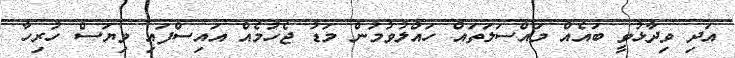
އަދި ވިދާޅުވީ ބައެއް މައްސަލަތައް ހައްލުވުމުން މަޑު ޖެހުމެއް އައިސްފައި ވިޔަސް ހުރިހާ